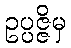
ဥပ္ပဇ္ဇိမှ